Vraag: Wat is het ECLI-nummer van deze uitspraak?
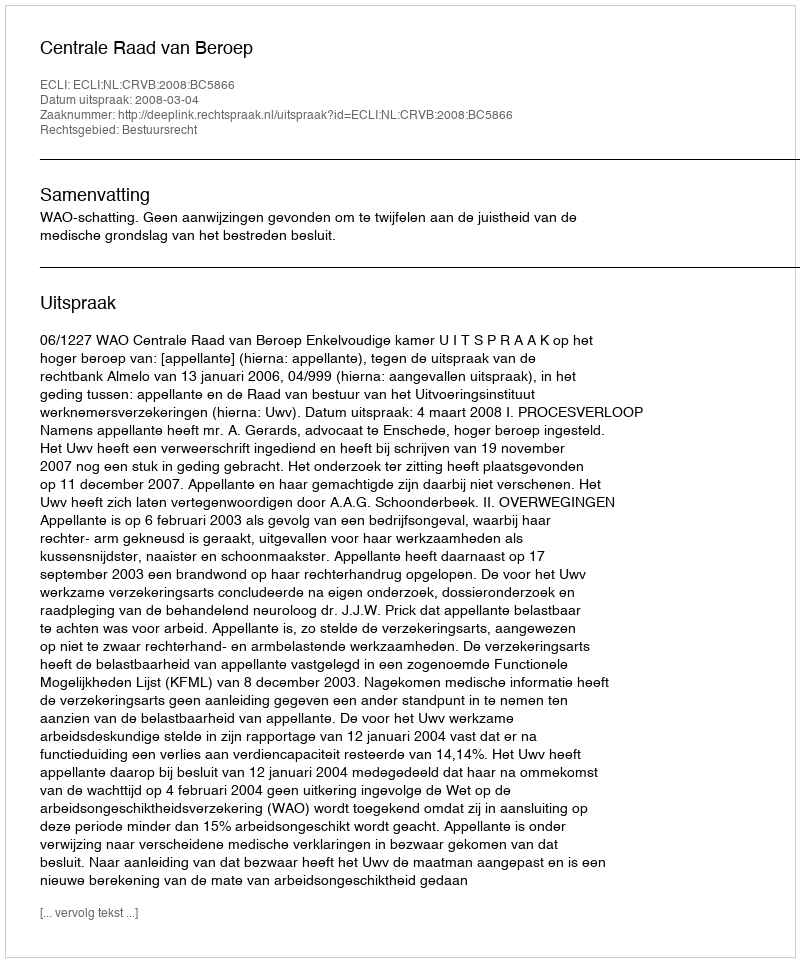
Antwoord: ECLI:NL:CRVB:2008:BC5866